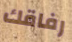
رفاقك